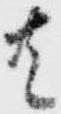
共